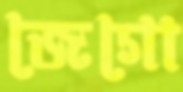
জেগো